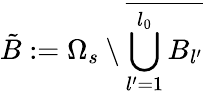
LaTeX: \tilde{B}:=\Omega_{s}\setminus\overline{{\bigcup_{l^{\prime}=1}^{l_{0}}B_{l^{\prime}}}}